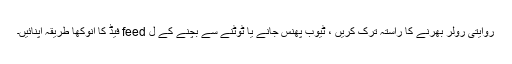
روایتی رولر بھرنے کا راستہ ترک کریں ، ٹیوب پھنس جانے یا ٹوٹنے سے بچنے کے ل feed فیڈ کا انوکھا طریقہ اپنائیں۔